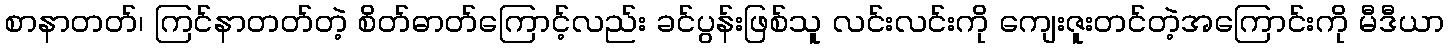
စာနာတတ်၊ ကြင်နာတတ်တဲ့ စိတ်ဓာတ်ကြောင့်လည်း ခင်ပွန်းဖြစ်သူ လင်းလင်းကို ကျေးဇူးတင်တဲ့အကြောင်းကို မီဒီယာ